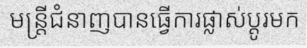
មន្ត្រីជំនាញបានធ្វើការផ្លាស់ប្តូរមក